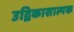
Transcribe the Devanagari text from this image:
उद्विकासात्मक